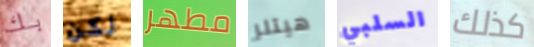
بك لكن مطهر هيتلر السلبي كذلك